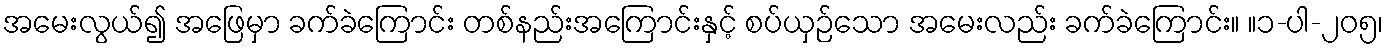
အမေးလွယ်၍ အဖြေမှာ ခက်ခဲကြောင်း တစ်နည်းအကြောင်းနှင့် စပ်ယှဉ်သော အမေးလည်း ခက်ခဲကြောင်း။ ။၁-ပါ-၂၀၅၊